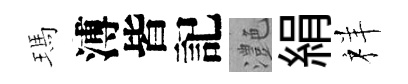
瑪溥皆記灔絹祥